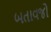
બતાવજો